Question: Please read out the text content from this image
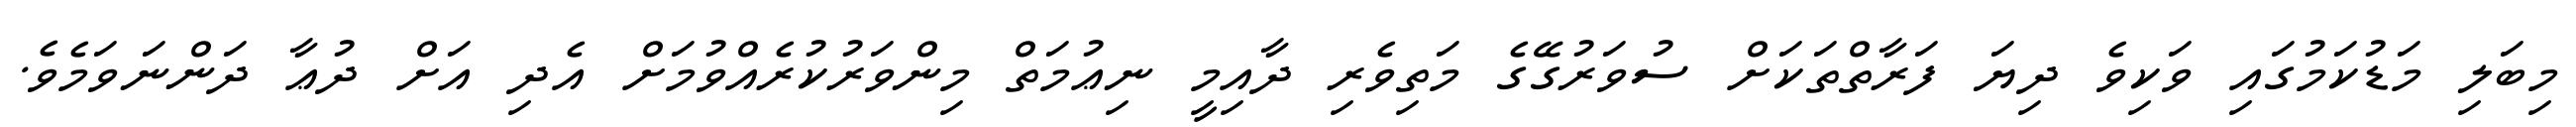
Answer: މިބަލި މަޑުކަމުގައި ވަކިވެ ދިޔަ ފަރާތްތަކަށް ސުވަރުގޭގެ މަތިވެރި ދާއިމީ ނިޢުމަތް މިންވަރުކުރެއްވުމަށް އެދި އަށް ދުޢާ ދަންނަވަމެވެ.